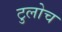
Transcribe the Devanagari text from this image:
टुलोच